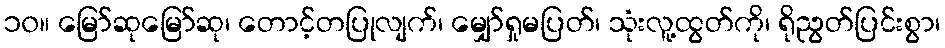
၁၀။ မြော်ဆုမြော်ဆု၊ တောင့်တပြုလျက်၊ မျှော်ရှုမပြတ်၊ သုံးလူ့ထွတ်ကို၊ ရိုညွတ်ပြင်းစွာ၊